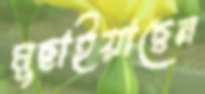
মুছাইয়াছেন